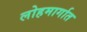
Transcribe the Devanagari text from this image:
लोहमार्गात